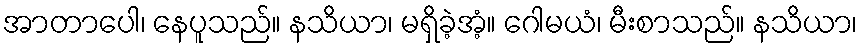
အာတာပေါ၊ နေပူသည်။ နသိယာ၊ မရှိခဲ့အံ့။ ဂေါမယံ၊ မီးစာသည်။ နသိယာ၊